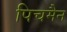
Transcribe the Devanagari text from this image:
पिचमैन